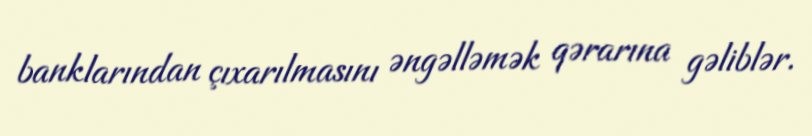
banklarından çıxarılmasını əngəlləmək qərarına gəliblər.